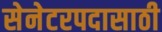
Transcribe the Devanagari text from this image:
सेनेटरपदासाठी